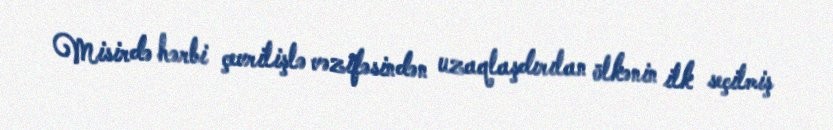
Misirdə hərbi çevrilişlə vəzifəsindən uzaqlaşdırılan ölkənin ilk seçilmiş